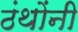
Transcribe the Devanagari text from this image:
ठंथोंनी